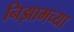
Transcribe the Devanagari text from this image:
निझामच्या